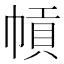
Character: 幊